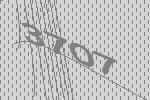
3707